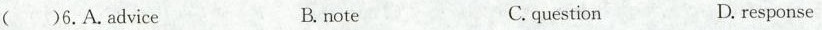
()6.A.advice B. note C. question D. response